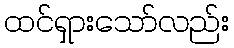
ထင်ရှားသော်လည်း